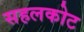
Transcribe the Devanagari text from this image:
सहलकोट